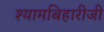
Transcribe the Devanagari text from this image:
श्यामबिहारीजी